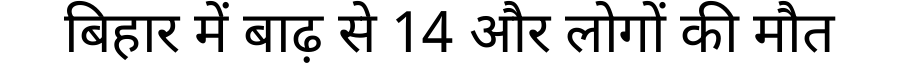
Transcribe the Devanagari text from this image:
बिहार में बाढ़ से 14 और लोगों की मौत